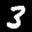
Label: 3